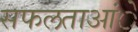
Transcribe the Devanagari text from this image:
सफलताआंे